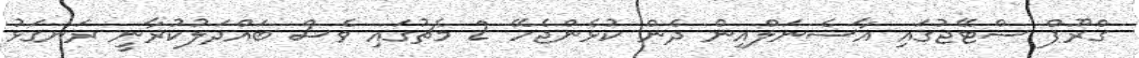
ގްރޫޕް ސްޓޭޖުގައި އާސެނަލްއިން ދެން ކުޅެންޖެހޭ 2 މެޗުގައި ވެސް ބައްދަލުކުރާނީ ރަނގަޅު